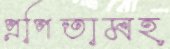
প্রপিতামহ